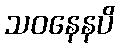
သဝနေနပိ